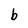
Character: b